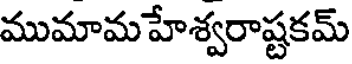
ముమామహేశ్వరాష్టకమ్